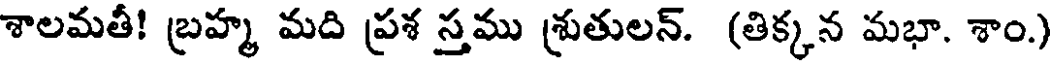
శాలమతీ! బ్రహ్మ మది ప్రశ స్తము శ్రుతులన్. (తిక్కన మభా. శాం.)